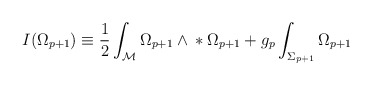
\begin{align*}I(\Omega_{p+1})\equiv{}\frac{1}{2}\int_{\cal{M}}\Omega_{p+1}\wedge{}*\Omega_{p+1}{}+g_p\int_{\Sigma_{p+1}}\Omega_{p+1}\end{align*}